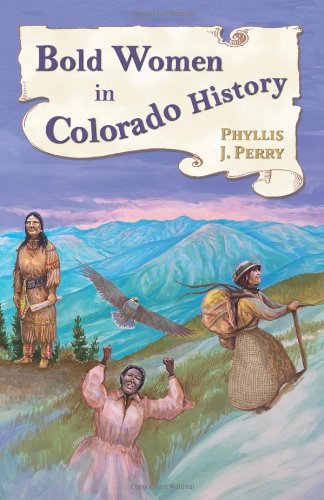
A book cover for Bold Women in Colorado History (Bold Women in History); Phyllis J. Perry; Teen & Young Adult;